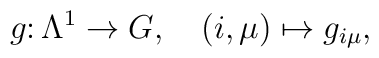
g\colon\Lambda^1\to G,\quad (i,\mu)\mapsto g_{i\mu},